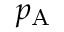
p _ { \mathrm { { A } } }